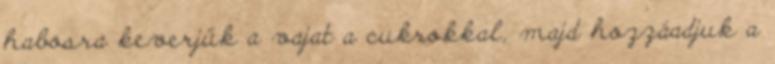
habosra keverjük a vajat a cukrokkal, majd hozzáadjuk a